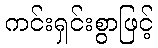
ကင်းရှင်းစွာဖြင့်